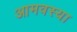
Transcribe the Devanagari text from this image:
आमवस्या